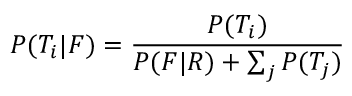
P ( T _ { i } | F ) = { \frac { P ( T _ { i } ) } { P ( F | R ) + \sum _ { j } { P ( T _ { j } ) } } }